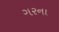
ગરના